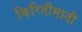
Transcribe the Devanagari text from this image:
किरितीमाती